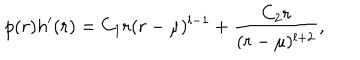
p ( r ) h ^ { \prime } ( r ) = C _ { 1 } r ( r - \mu ) ^ { l - 1 } + { \frac { C _ { 2 } r } { ( r - \mu ) ^ { l + 2 } } } ,